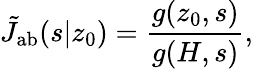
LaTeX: \tilde{J}_{\mathrm{{ab}}}(s|z_{0})=\frac{g(z_{0},s)}{g(H,s)},